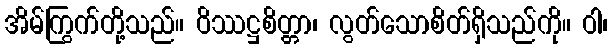
အိမ်ကြွက်တို့သည်။ ဝိဿဋ္ဌစိတ္တာ၊ လွတ်သောစိတ်ရှိသည်ကို။ ဝါ၊